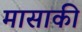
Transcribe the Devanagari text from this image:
मासाकी